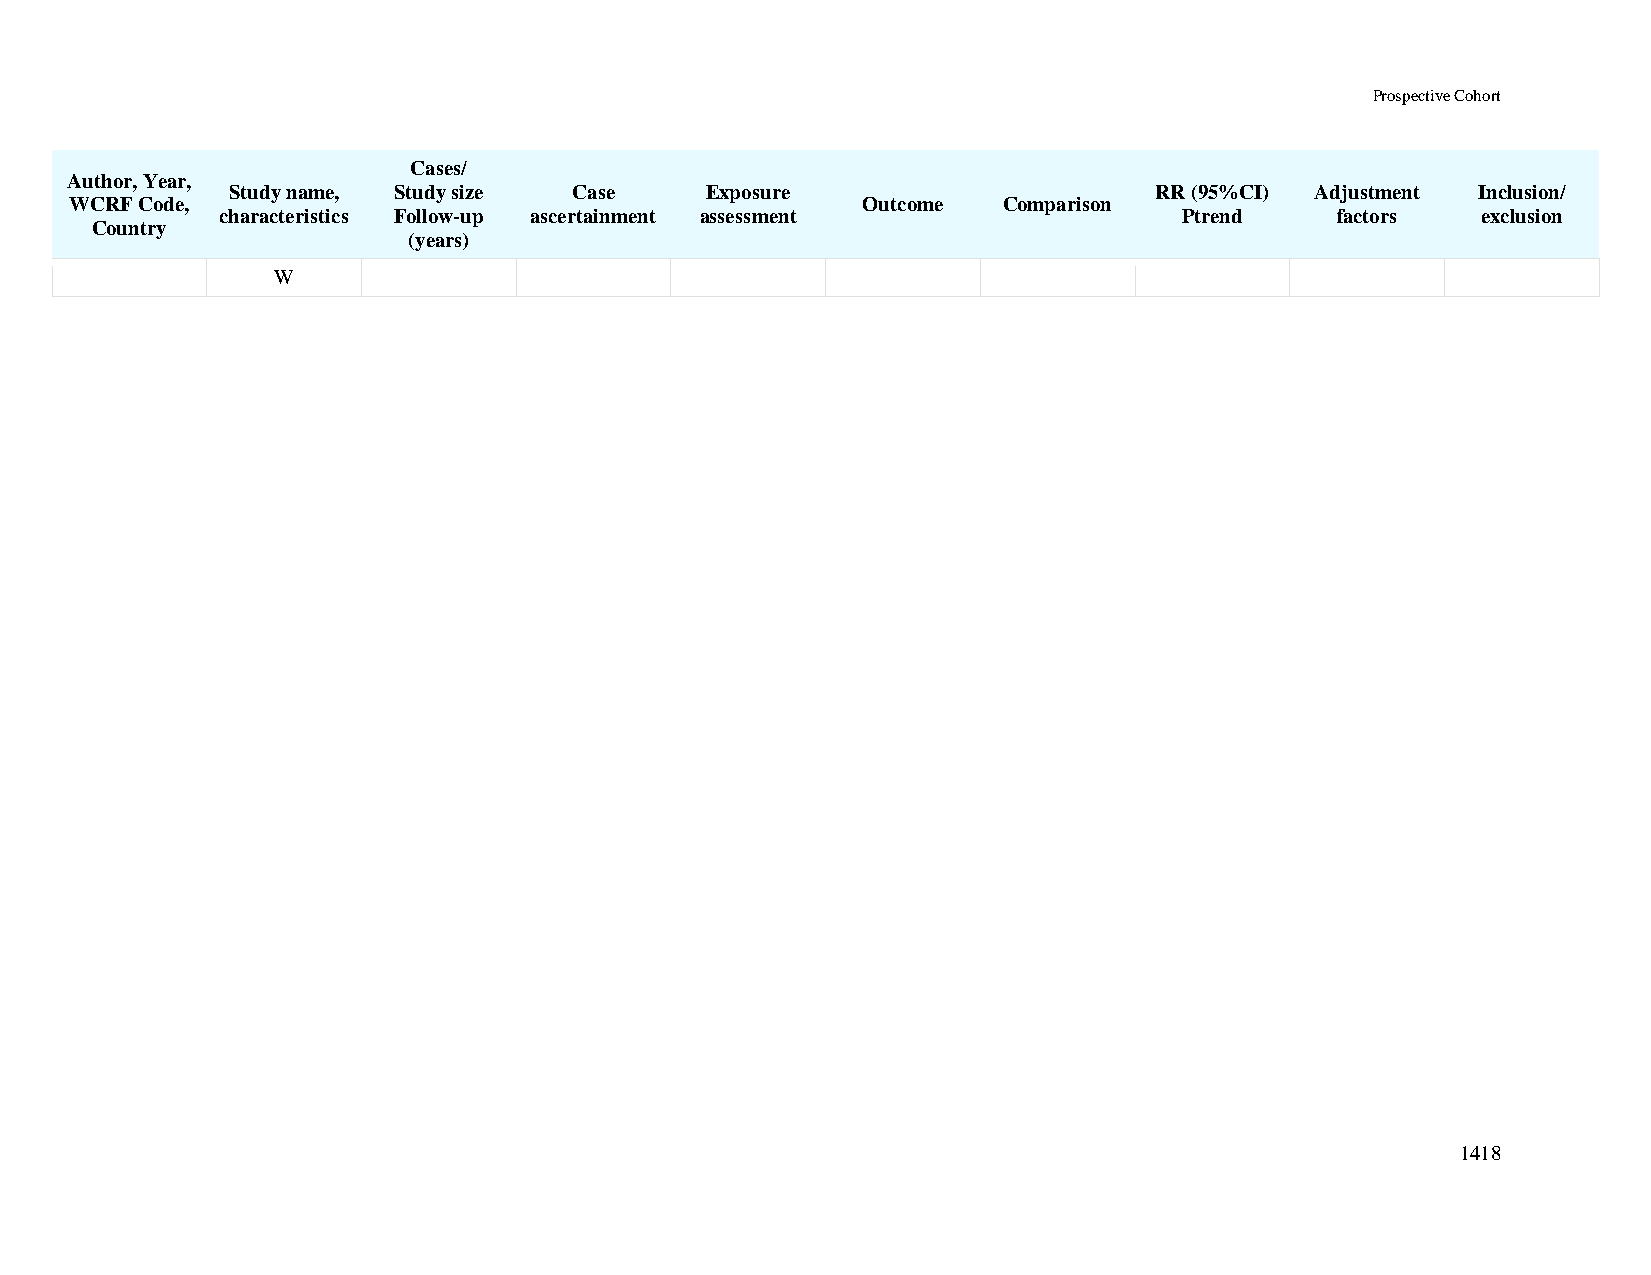
Prospective Cohort
 Cases/
 Author, Year,
 Study name, Study size Case     Exposure                     RR (95%CI) Adjustment Inclusion/
 WCRF Code,                                          Outcome  Comparison
 characteristics Follow-up ascertainment assessment             Ptrend    factors   exclusion
 Country
 (years)
 W
 1418